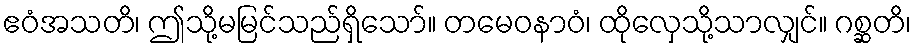
ဧဝံအသတိ၊ ဤသို့မမြင်သည်ရှိသော်။ တမေဝနာဝံ၊ ထိုလှေသို့သာလျှင်။ ဂစ္ဆတိ၊